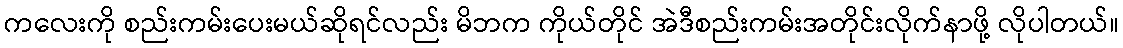
ကလေးကို စည်းကမ်းပေးမယ်ဆိုရင်လည်း မိဘက ကိုယ်တိုင် အဲဒီစည်းကမ်းအတိုင်းလိုက်နာဖို့ လိုပါတယ်။